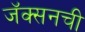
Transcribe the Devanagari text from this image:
जॅक्सनची